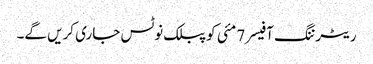
ریٹرننگ آفیسر 7 مئی کو پبلک نوٹس جاری کریں گے۔